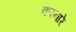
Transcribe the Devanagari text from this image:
करनारे